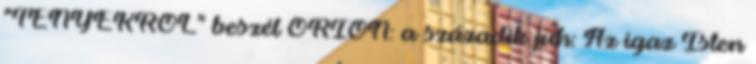
"TÉNYEKRŐL" beszél ORION: a századik juh: Az igaz Isten